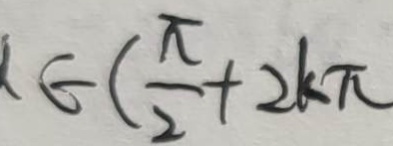
\epsilon ( \frac { \pi } { 2 } + 2 k \pi